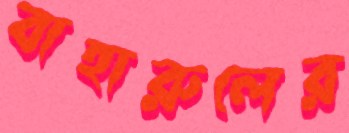
বাহারুলের